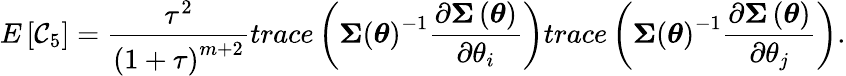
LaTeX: E\left[\mathcal{C}_{5}\right]=\frac{{\tau^{2}}}{{\left(1+\tau\right)^{m+2}}}trace\left(\boldsymbol{\Sigma}\left(\boldsymbol{\theta}\right)^{-1}\frac{{\partial\boldsymbol{\Sigma}\left(\boldsymbol{\theta}\right)}}{{\partial\theta_{i}}}\right)trace\left(\boldsymbol{\Sigma}\left(\boldsymbol{\theta}\right)^{-1}\frac{{\partial\boldsymbol{\Sigma}\left(\boldsymbol{\theta}\right)}}{{\partial\theta_{j}}}\right).